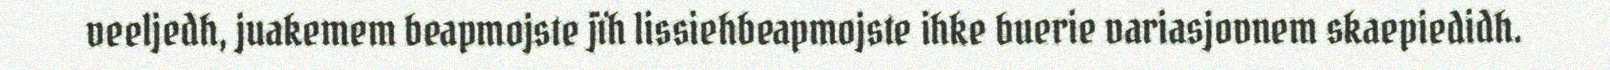
veeljedh, juakemem beapmojste jïh lissiehbeapmojste ihke buerie variasjovnem skaepiedidh.